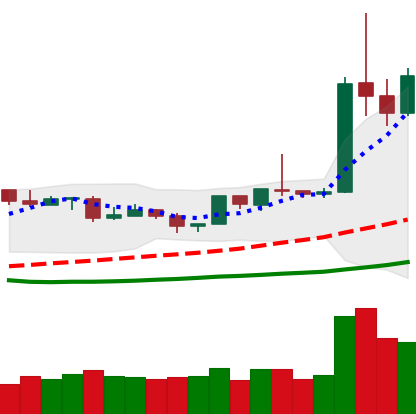
Ticker: ETH-USD
Chart end date: 2019-04-05
Forward return: 7.143%
Label: up_7plus